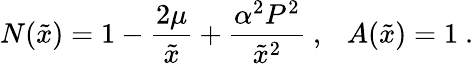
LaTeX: N(\tilde{x})=1-\frac{2\mu}{\tilde{x}}+\frac{\alpha^{2}P^{2}}{\tilde{x}^{2}}\ ,\ \ \ A(\tilde{x})=1\ .